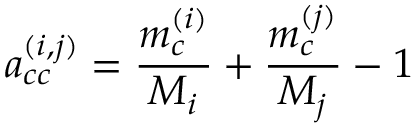
a _ { c c } ^ { ( i , j ) } = \frac { m _ { c } ^ { ( i ) } } { M _ { i } } + \frac { m _ { c } ^ { ( j ) } } { M _ { j } } - 1